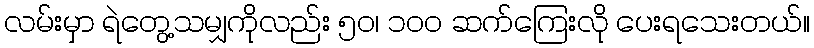
လမ်းမှာ ရဲတွေ့သမျှကိုလည်း ၅၀၊ ၁၀၀ ဆက်ကြေးလို ပေးရသေးတယ်။